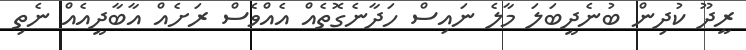
ރީދޫ ކުދިން ބުނެދީބަލަ މާލެ ނައިސް ހަދާނެގޮތެއް އެއްވެސް ރަށެއް އާބާދީއެއް ނެތި